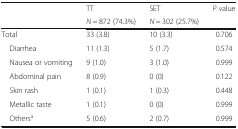
<table><thead><tr><td rowspan="2"></td><td><b>TT</b></td><td><b>SET</b></td><td rowspan="2"><b><i>P</i> value</b></td></tr><tr><td><b><i>N</i> = 872 (74.3%)</b></td><td><b><i>N</i> = 302 (25.7%)</b></td></tr></thead><tbody><tr><td>Total</td><td>33 (3.8)</td><td>10 (3.3)</td><td>0.706</td></tr><tr><td> Diarrhea</td><td>11 (1.3)</td><td>5 (1.7)</td><td>0.574</td></tr><tr><td> Nausea or vomiting</td><td>9 (1.0)</td><td>3 (1.0)</td><td>0.999</td></tr><tr><td> Abdominal pain</td><td>8 (0.9)</td><td>0 (0)</td><td>0.122</td></tr><tr><td> Skin rash</td><td>1 (0.1)</td><td>1 (0.3)</td><td>0.448</td></tr><tr><td> Metallic taste</td><td>1 (0.1)</td><td>0 (0)</td><td>0.999</td></tr><tr><td> Others<sup>a</sup></td><td>5 (0.6)</td><td>2 (0.7)</td><td>0.999</td></tr></tbody></table>